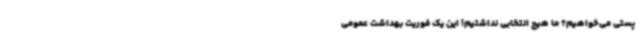
پستی می‌خواهیم؟ ما هیچ انتخابی نداشتیم! این یک فوریت بهداشت عمومی